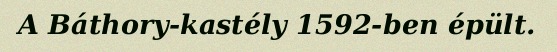
A Báthory-kastély 1592-ben épült.